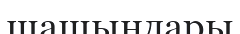
шашындары